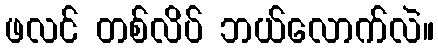
ဖလင် တစ်လိပ် ဘယ်လောက်လဲ။